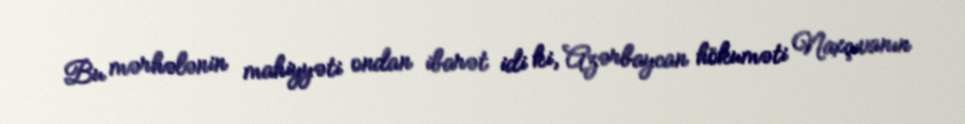
Bu mərhələnin mahiyyəti ondan ibarət idi ki, Azərbaycan hökuməti Naxçıvanın